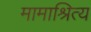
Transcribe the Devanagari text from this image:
मामाश्रित्य